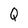
Character: Q